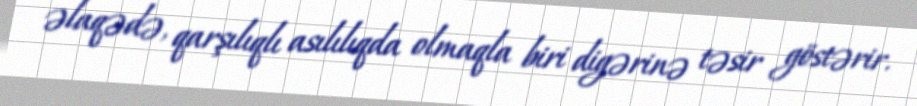
əlaqədə, qarşılıqlı asılılıqda olmaqla biri digərinə təsir göstərir.